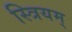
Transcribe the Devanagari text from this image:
स्त्रियम्